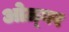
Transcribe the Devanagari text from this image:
ओज़्गर